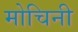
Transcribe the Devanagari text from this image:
मोचिनी